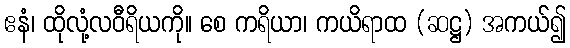
ဧနံ၊ ထိုလုံ့လဝီရိယကို။ စေ ကရိယာ၊ ကယိရာထ (ဆဋ္ဌ) အကယ်၍